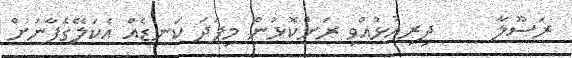
ރަސޫލާ     ދިރިއުޅުއްވި ރަށްކޮޅުން މިފަދަ ކަނޑެއް އެކަލޭގެފާނަށް